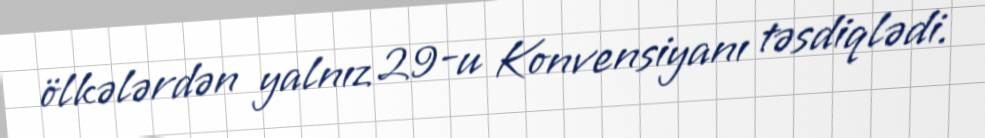
ölkələrdən yalnız 29-u Konvensiyanı təsdiqlədi.